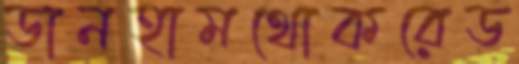
ডানহামথোকরেড